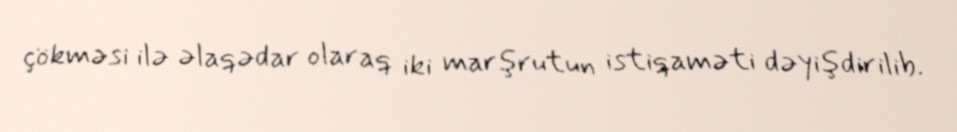
çökməsi ilə əlaqədar olaraq iki marşrutun istiqaməti dəyişdirilib.